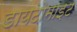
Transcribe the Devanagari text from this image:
डायटोमाइट